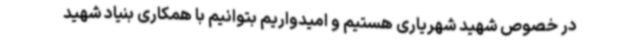
در خصوص شهید شهریاری هستیم و امیدواریم بتوانیم با همکاری بنیاد شهید